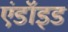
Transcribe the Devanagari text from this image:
एंडॉइड